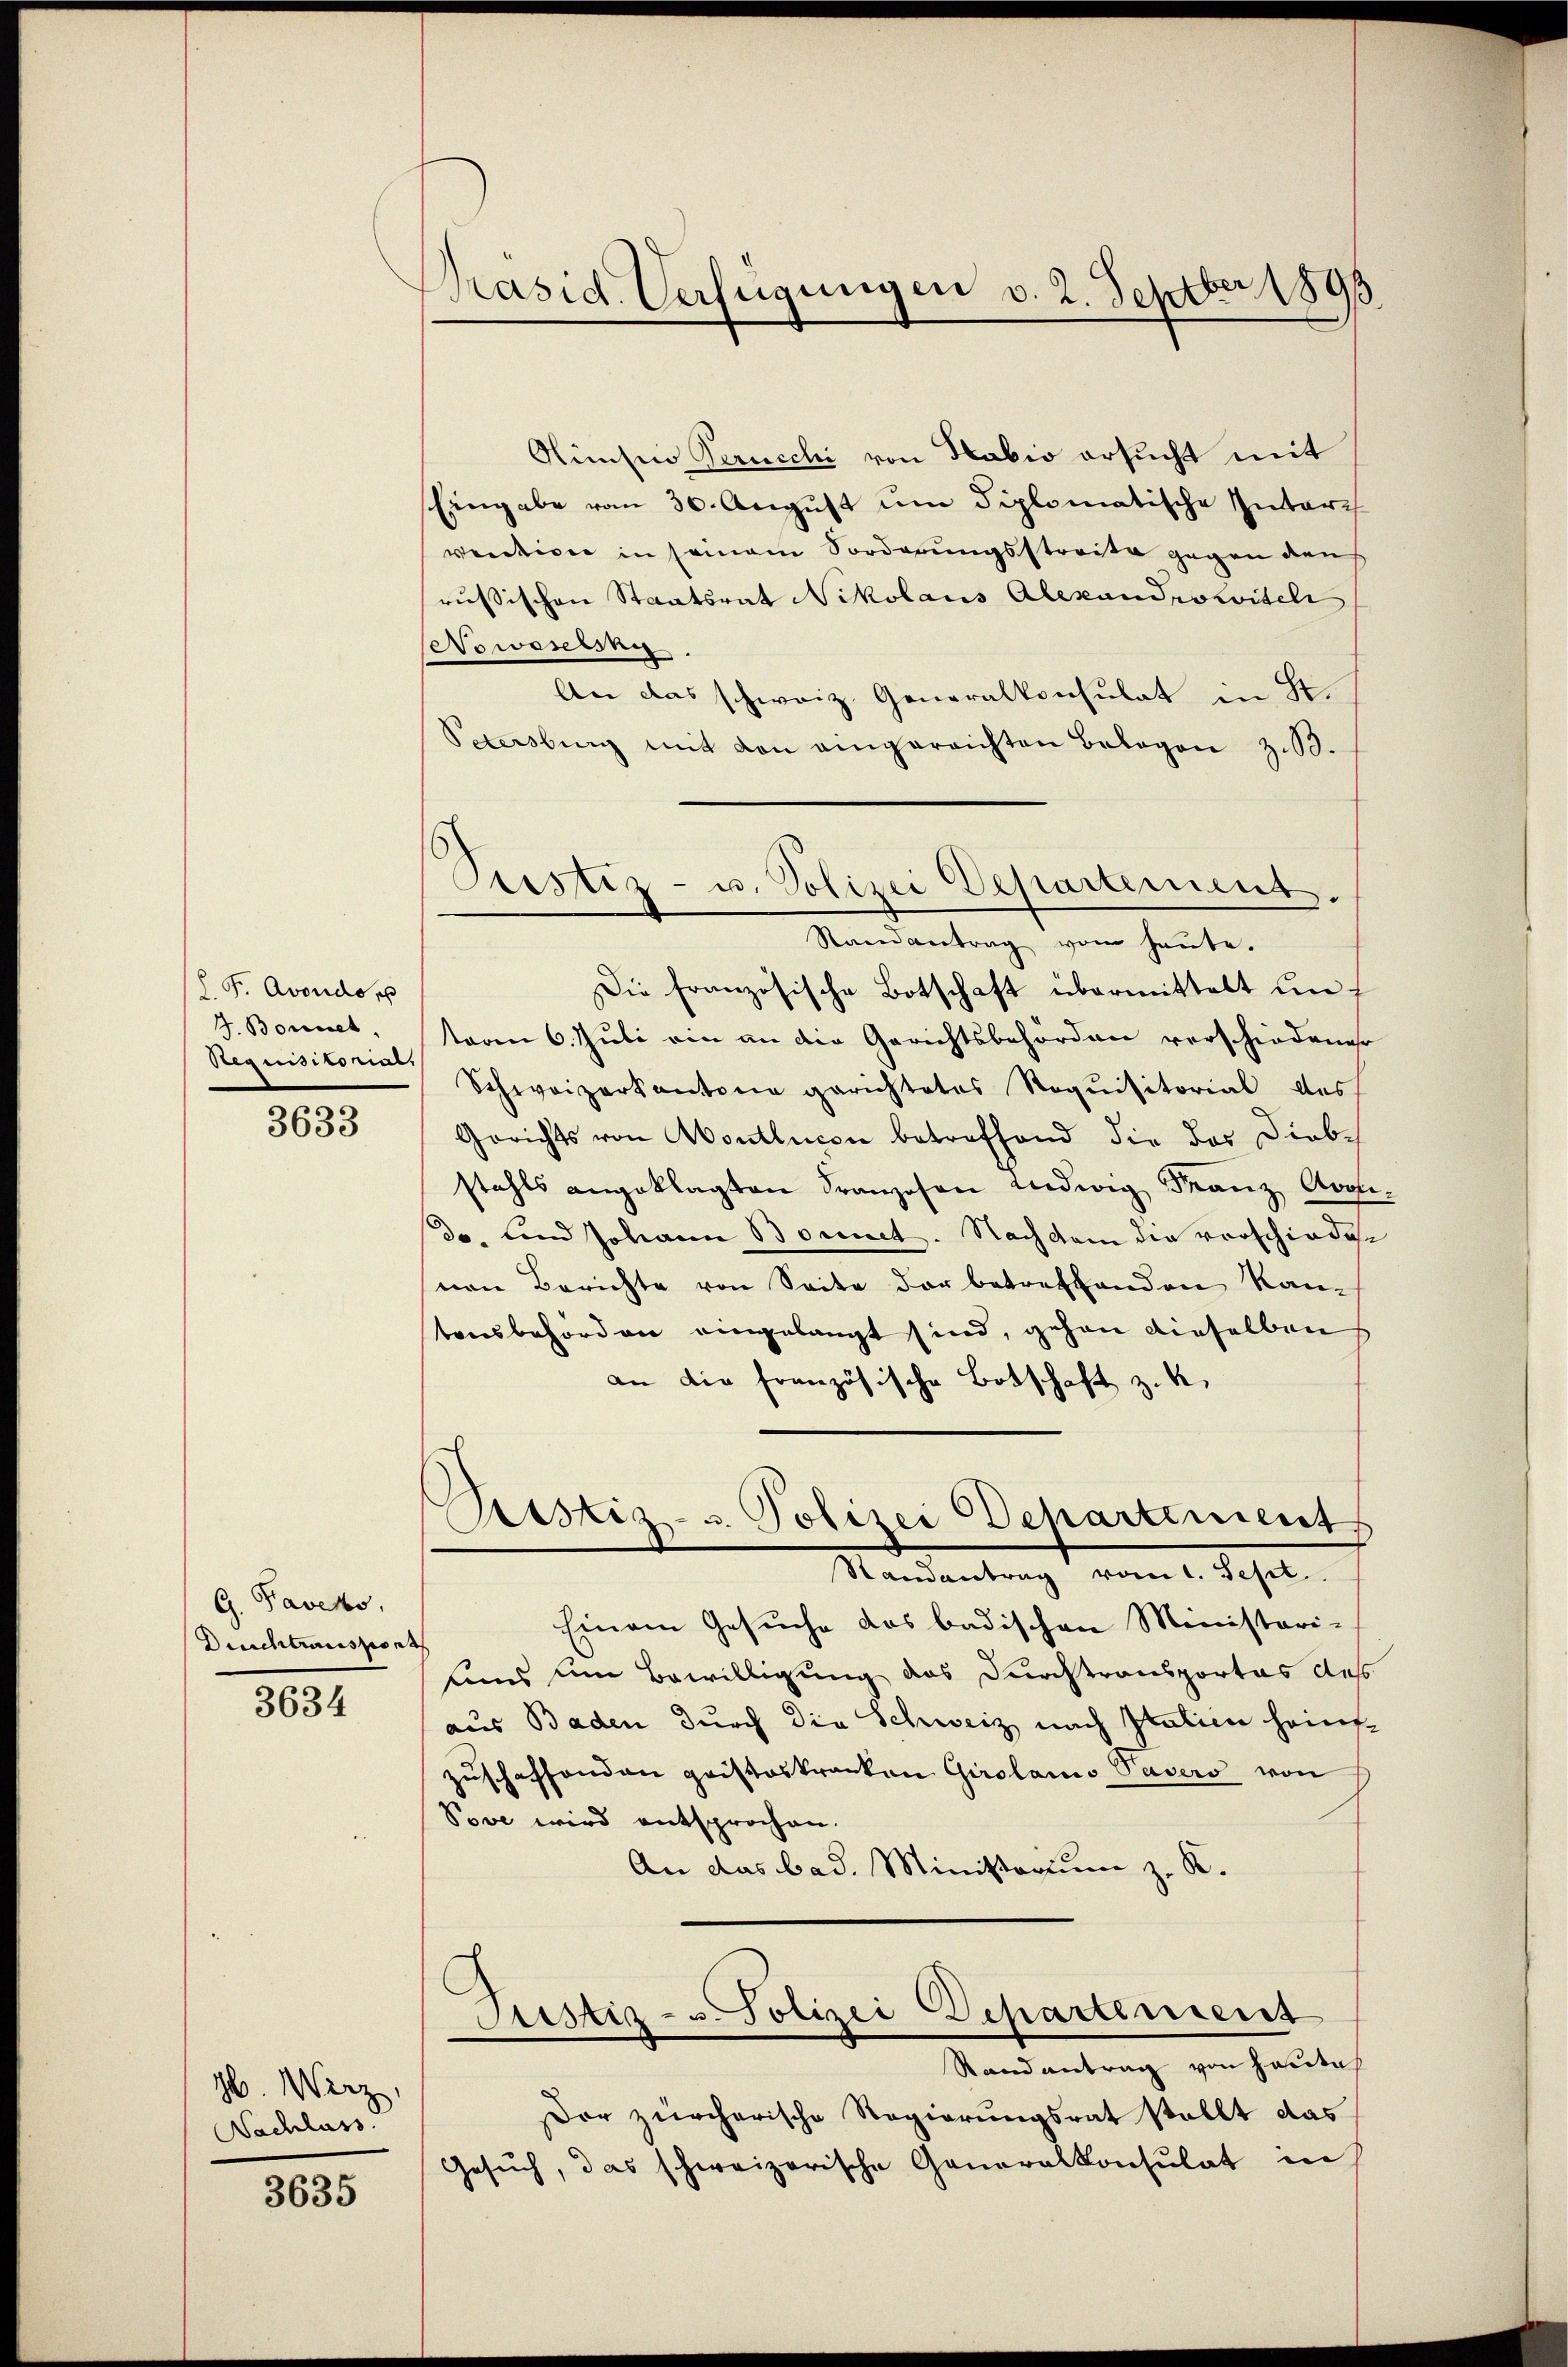
h. F. Avondo,
J. Bonnet,
Regensitorial,

3633

G. Faveko,
Duschtransport

3634

Jb. Wirz,
Nachlass

3635

Präsid. Verfügungen v. 2. Septber 1893.

Justiz- u. Polizei Departement
Saendantrag vom heute.

Himsino Perucchi von Habio ersucht mit
Eingabe vom 30. August um diplomatische Interth
weiterer in seinem Sorderungsstreite gegen den
russischen Staatsrat Nikolaus Alexandrokviteh
owesun
An das schweiz. Generalkonsulat in St.
Petersburg mit den eingereichten Belegen z.3.
Die französische Botschaft übermittelt untaren 6. Juli von an die Gerichtsbehörden verschiedener
Schweizerkantone gerichtetes Requisitorial des
Gerichts von Montlucon betreffend die das Diebstahls angeklagten Franzosen Ludwig Franz Avoli
do, und Johann Bonet. Nachdem die vorschiedenen Berichte von Seite der betreffenden Kan-
tonsbehörden eingelangt sind, gehen dieselben
an die französische Botschaft z. K.
)
Arstiz- u. Polizei Departement
Randantrag vom 1. Sept.
Einem Gesuche das badischen Ministeri-
lins um Bewilligung das Durchtransportas des
aus Baden durch die Schweiz nach Italien hainfzuschaffenden pristeskranken Girolamo Pasers von
Vove wird entsprochen.
An das bad. Ministorium z. B.
Justiz- u Polizei Departement
Stand antrag von Hautach
sor zürcherische Regierungsrat stellt das
Gesuch, das schweizerische Generalkonsulat in